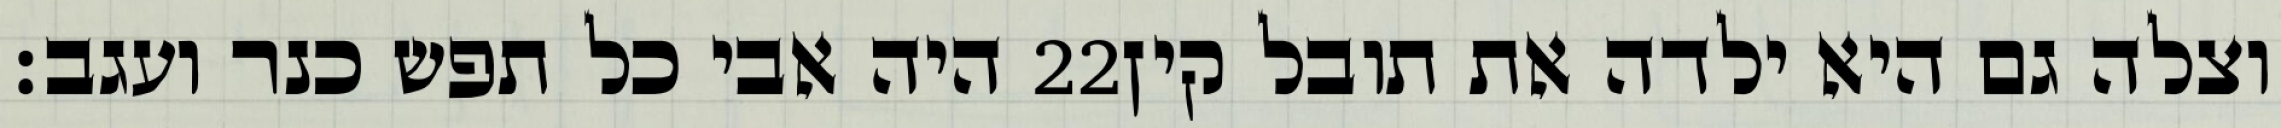
היה אבי כל תפש כנר ועגב׃ ‎22‏ וצלה גם היא ילדה את תובל קין